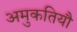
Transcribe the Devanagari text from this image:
अमुकतियौ